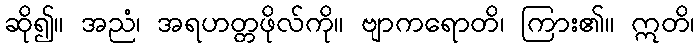
ဆို၍။ အညံ၊ အရဟတ္တဖိုလ်ကို။ ဗျာကရောတိ၊ ကြား၏။ ဣတိ၊